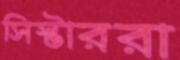
সিস্টাররা